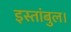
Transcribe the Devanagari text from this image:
इस्तांबुल।